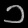
Digit: ၁